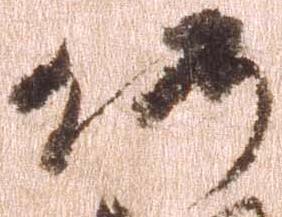
仍